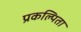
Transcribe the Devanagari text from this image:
प्रकल्पिता